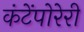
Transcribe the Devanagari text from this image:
कंटेंपोरेरी